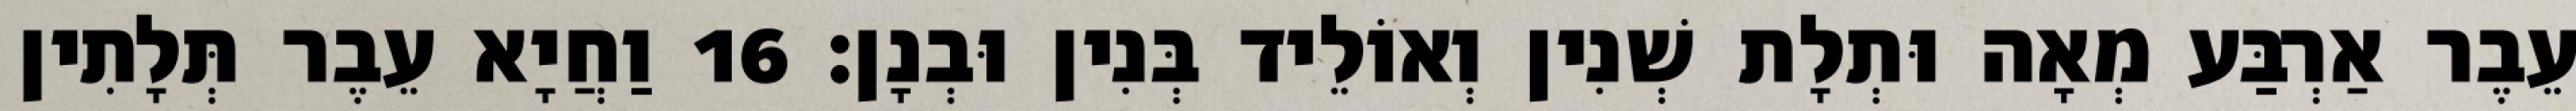
עֵבֶר אַרְבַּע מְאָה וּתְלָת שְׁנִין וְאוֹלֵיד בְּנִין וּבְנָן׃ 16 וַחֲיָא עֵבֶר תְּלָתִין